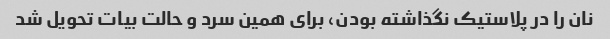
نان را در پلاستیک نگذاشته بودن، برای همین سرد و حالت بیات تحویل شد